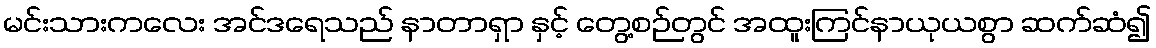
မင်းသားကလေး အင်ဒရေသည် နာတာရှာ နှင့် တွေ့စဉ်တွင် အထူးကြင်နာယုယစွာ ဆက်ဆံ၍